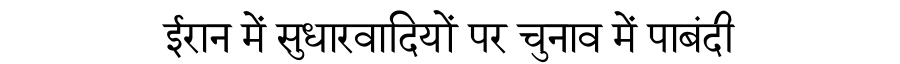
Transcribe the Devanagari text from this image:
ईरान में सुधारवादियों पर चुनाव में पाबंदी